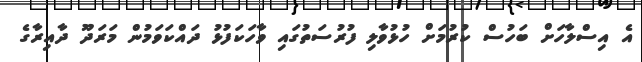
އެ އިސްލާހަށް ބަހުސް ކުރުމަށް ހުޅުވާލި ފުރުސަތުގައި ވާހަކަފުޅު ދައްކަވަމުން މަރަދޫ ދާއިރާގެ